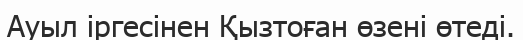
Ауыл іргесінен Қызтоған өзені өтеді.